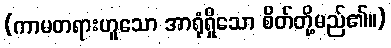
(ကာမတရားဟူသော အာရုံရှိသော စိတ်တို့မည်၏။)